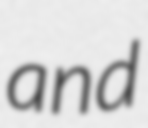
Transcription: and